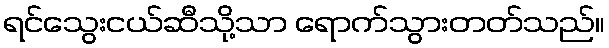
ရင်သွေးငယ်ဆီသို့သာ ရောက်သွားတတ်သည်။